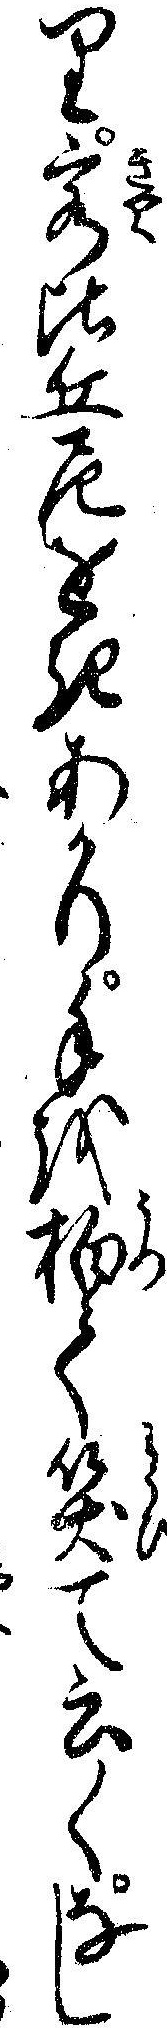
り客比丘尼をきあかり手を拍て笑て云くなし